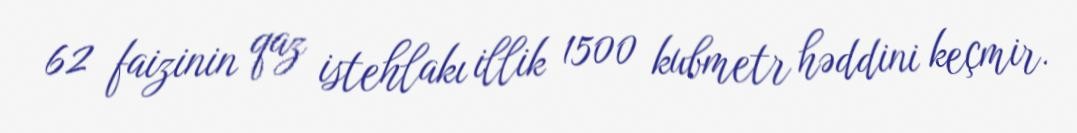
62 faizinin qaz istehlakı illik 1500 kubmetr həddini keçmir.